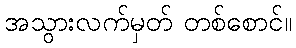
အသွားလက်မှတ် တစ်စောင်။